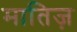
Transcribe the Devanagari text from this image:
मातिज़